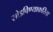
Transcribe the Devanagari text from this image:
सोडविण्याकरिता